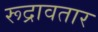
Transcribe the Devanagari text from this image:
रूद्रावतार